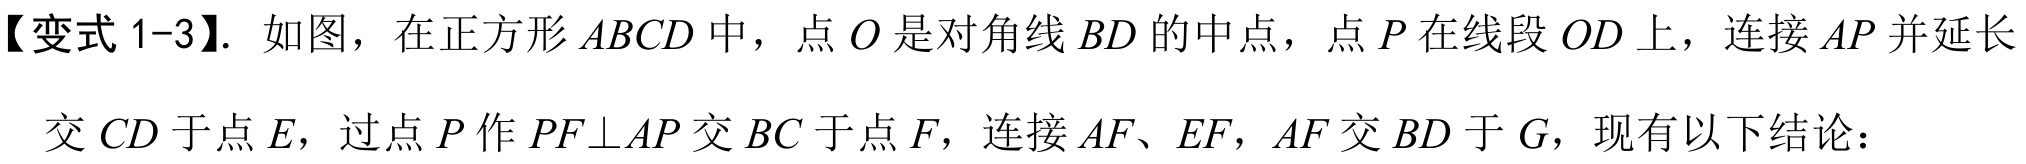
【变式 1-3】. 如图，在正方形 \(ABCD\) 中，点 \(O\) 是对角线 \(BD\) 的中点，点 \(P\) 在线段 \(OD\) 上，连接 \(AP\) 并延长交 \(CD\) 于点 \(E\)，过点 \(P\) 作 \(PF\perp AP\) 交 \(BC\) 于点 \(F\)，连接 \(AF\)、\(EF\)，\(AF\) 交 \(BD\) 于 \(G\)，现有以下结论：